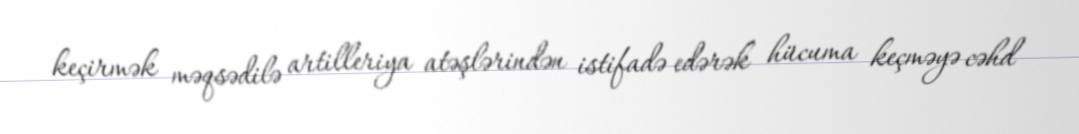
keçirmək məqsədilə artilleriya atəşlərindən istifadə edərək hücuma keçməyə cəhd